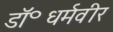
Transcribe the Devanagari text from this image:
डॉ॰धर्मवीर